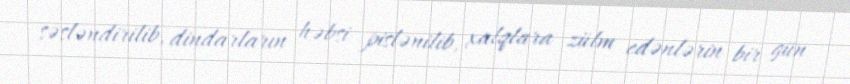
səsləndirilib, dindarların həbsi pislənilib, xalqlara zülm edənlərin bir gün